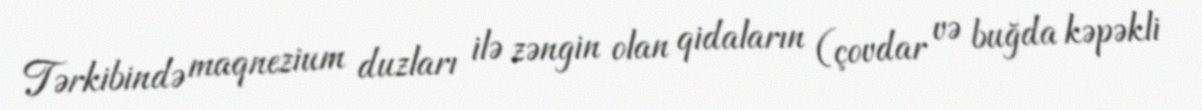
Tərkibində maqnezium duzları ilə zəngin olan qidaların (çovdar və buğda kəpəkli